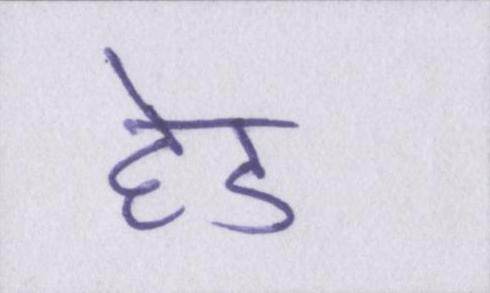
हेड